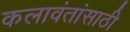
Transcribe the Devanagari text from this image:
कलावंतांसाठी